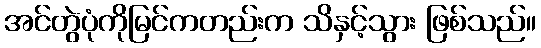
အင်တွဲပုံကိုမြင်ကတည်းက သိနှင့်သွား ဖြစ်သည်။